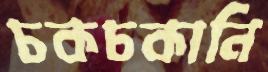
চকচকানি